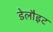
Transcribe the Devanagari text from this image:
डेलौइट